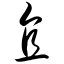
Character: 直